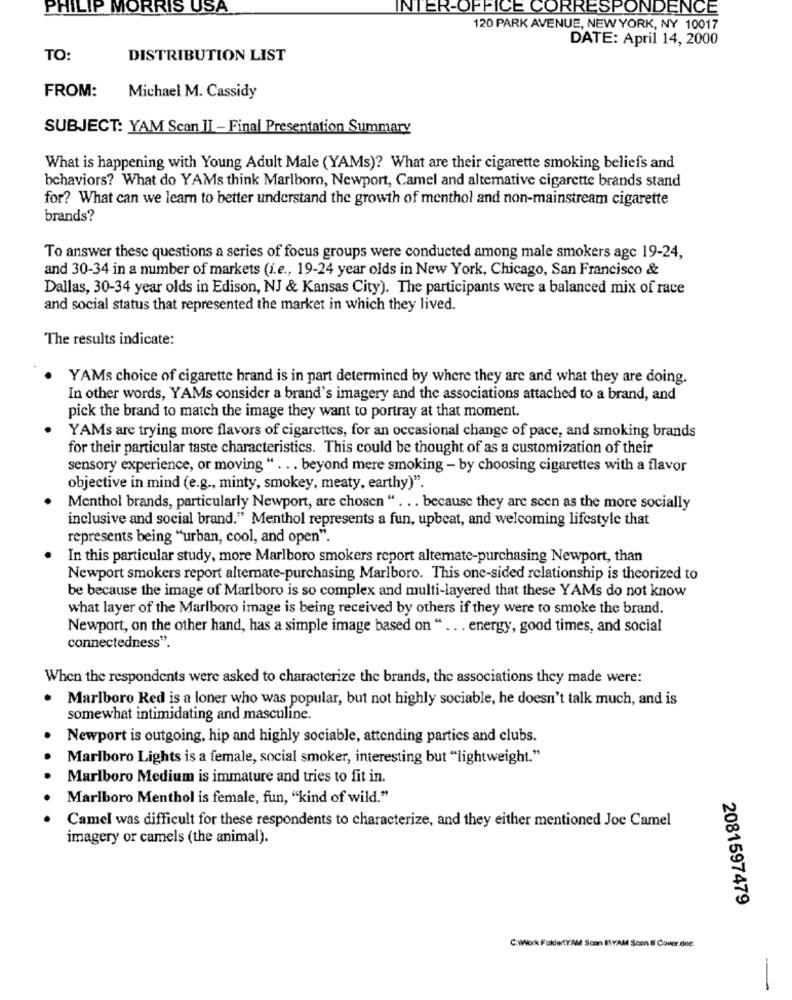
PHILIP MORRIS USA
INTER-OFFICE CORRESPONDENCE
120 PARK AVENUE, NEW YORK, NY 10017
DATE: April 14, 2000
TO:
DISTRIBUTION LIST
FROM:
Michael M. Cassidy
SUBJECT: YAM Scan II - Final Presentation Summary
What is happening with Young Adult Male (YAMs)? What are their cigarette smoking beliefs and
behaviors? What do YAMs think Marlboro, Newport, Camel and alternative cigarette brands stand
for? What can we learn to better understand the growth of menthol and non-mainstream cigarette
brands?
To answer these questions a series of focus groups were conducted among male smokers agc 19-24,
and 30-34 in a number of markets (i.e ., 19-24 year olds in New York, Chicago, San Francisco &
Dallas, 30-34 year olds in Edison, NJ & Kansas City). The participants were a balanced mix of race
and social status that represented the market in which they lived.
The results indicate:
YAMs choice of cigarette brand is in part determined by where they are and what they are doing.
In other words, YAMs consider a brand's imagery and the associations attached to a brand, and
pick the brand to match the image they want to portray at that moment.
YAMs are trying more flavors of cigarettes, for an occasional change of pace, and smoking brands
for their particular taste characteristics. This could be thought of as a customization of their
sensory experience, or moving " ... beyond mere smoking - by choosing cigarettes with a flavor
objective in mind (e.g ., minty, smokey, meaty, earthy)".
Menthol brands, particularly Newport, are chosen " . .. because they are scen as the more socially
inclusive and social brand." Menthol represents a fun, upbeat, and welcoming lifestyle that
represents being "urban, cool, and open".
In this particular study, more Marlboro smokers report alternate-purchasing Newport, than
Newport smokers report alternate-purchasing Marlboro. This one-sided relationship is theorized to
be because the image of Marlboro is so complex and multi-layered that these YAMs do not know
what layer of the Marlboro image is being received by others if they were to smoke the brand.
Newport, on the other hand, has a simple image based on " .. . energy, good times, and social
connectedness".
When the respondents were asked to characterize the brands, the associations they made were:
Marlboro Red is a loner who was popular, but not highly sociable, he doesn't talk much, and is
somewhat intimidating and masculine.
Newport is outgoing, hip and highly sociable, attending parties and clubs.
Marlboro Lights is a female, social smoker, interesting but "lightweight."
Marlboro Medium is immature and tries to fit in.
Marlboro Menthol is female, fun, "kind of wild."
Camel was difficult for these respondents to characterize, and they either mentioned Joc Camel
imagery or camels (the animal).
2081597479
C:WWork FaklartYAM Scon INYAM Scan Il Cavor.doe
-